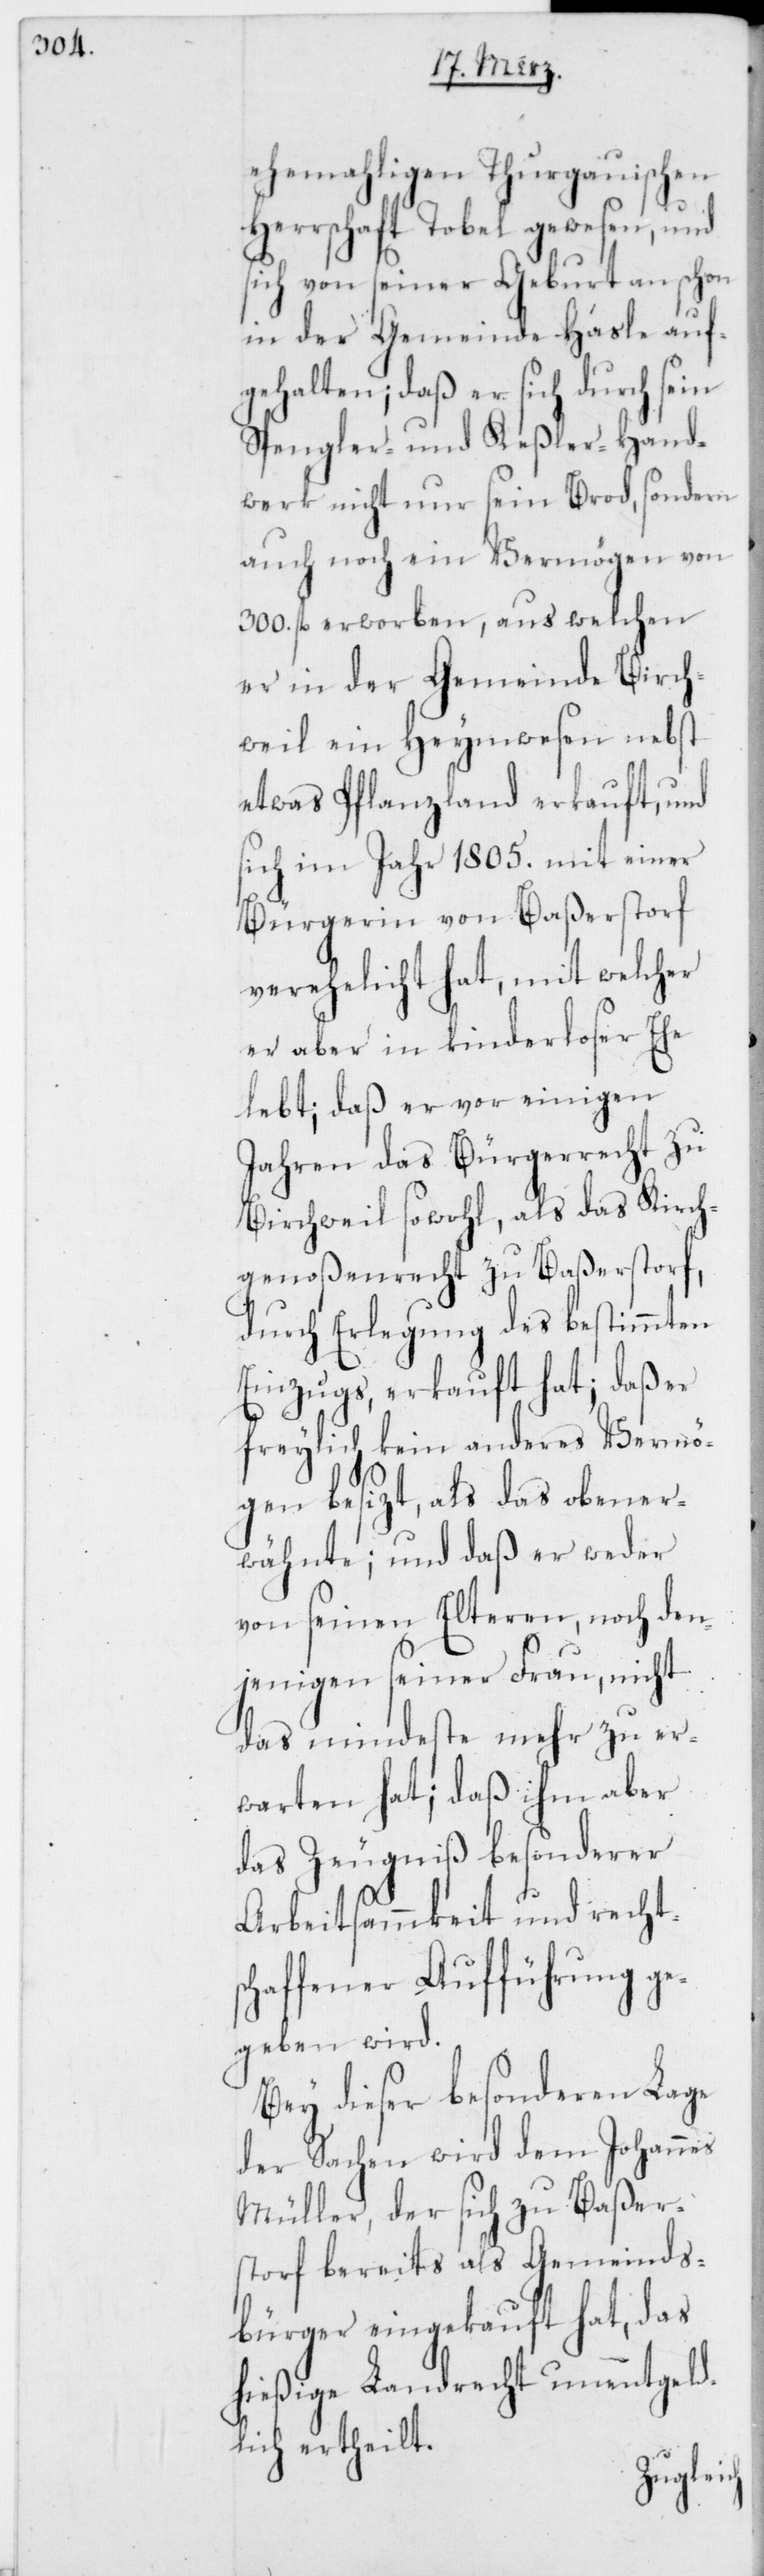
ehemaligen Thurgauischen
Herrschaft Tobel gewesen, und
sich von seiner Geburt an schon
in der Gemeinde Hasle auf¬
gehalten; daß er sich durch sein
Spengler- und Keßler-Hand¬
werk nicht nur sein Brod, sondern
auch noch ein Vermögen von
300. fl. erworben, aus welchen
er in der Gemeinde Birch¬
weil ein Heymwesen nebst
etwas Pflanzland erkauft, und
sich im Jahr 1805. mit einer
Bürgerin von Baßerstorf
verehelicht hat, mit welcher
er aber in kinderloser Ehe
lebt; daß er vor einigen
Jahren das Bürgerrecht zu
Birchweil sowohl, als das Kirch¬
genoßenrecht zu Baßerstorf,
durch Erlegung des bestimmten
Einzugs, erkauft hat; daß er
freylich kein anderes Vermö¬
gen besizt, als das obener¬
wähnte; und daß er weder
von seinen Elteren, noch den¬
jenigen seiner Frau, nicht
das mindeste mehr zu er¬
warten hat; daß ihm aber
das Zeugniß besonderer
Arbeitsammkeit und rechtsc¬
haffener Aufführung ge¬
geben wird.
Bey dieser besonderen Lage
der Sachen wird dem Johannes
Müller, der sich zu Baßer¬
storf bereits als Gemeinds¬
bürger eingekauft hat, das
hießige Landrecht unentgeld¬
lich ertheilt.